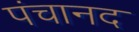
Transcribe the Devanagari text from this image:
पंचानद